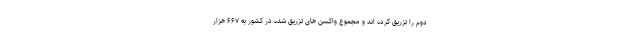
دوم را تزریق کرده اند و مجموع واکسن های تزریق شده در کشور به ۶۶۷ هزار